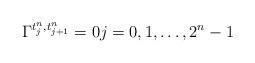
LaTeX: \begin{align*}\Gamma ^{t_{j}^{n},t_{j+1}^{n}}=0j=0,1,\dots ,2^{n}-1\end{align*}